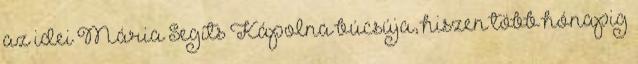
az idei Mária Segíts Kápolna búcsúja, hiszen több hónapig